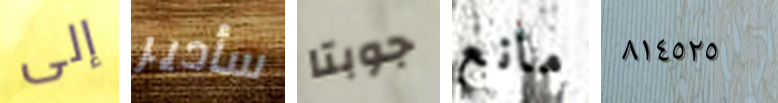
إلى سأدير جوبتا مانع ٨١٤٥٢٥